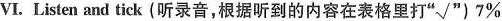
Ⅵ.Listen and tick(听录音,根据听到的内容在表格里打“√")7\%